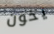
يخون